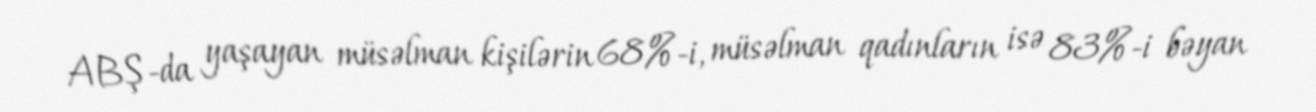
ABŞ-da yaşayan müsəlman kişilərin 68%-i, müsəlman qadınların isə 83%-i bəyan